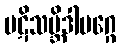
ပဋိသမ္ဘိဒါမဂ္ဂေ